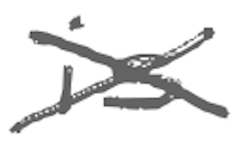
Text: is
Cross-out: cross
Writing tool: digital_gray